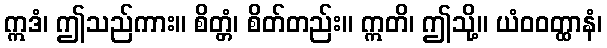
ဣဒံ၊ ဤသည်ကား။ စိတ္တံ၊ စိတ်တည်း။ ဣတိ၊ ဤသို့။ ယံဝဝတ္ထာနံ၊